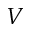
V